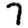
Digit: 7